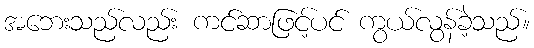
အဘေးသည်လည်း ကင်ဆာဖြင့်ပင် ကွယ်လွန်ခဲ့သည်။